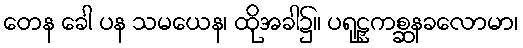
တေန ခေါ ပန သမယေန၊ ထိုအခါ၌။ ပရုဠှကစ္ဆနခလောမာ၊